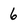
Character: 6